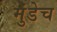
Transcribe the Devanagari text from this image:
मुंडेच